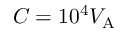
C = 1 0 ^ { 4 } V _ { \mathrm { A } }